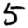
Digit: 5